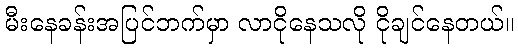
မီးနေခန်းအပြင်ဘက်မှာ လာငိုနေသလို ငိုချင်နေတယ်။